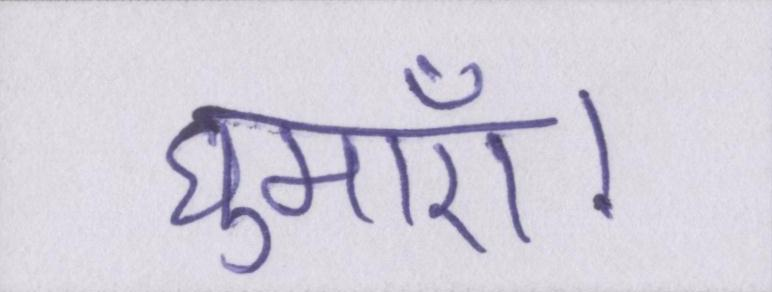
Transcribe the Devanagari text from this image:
घुमाएँ।